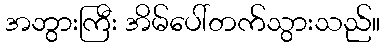
အဘွားကြီး အိမ်ပေါ်တက်သွားသည်။